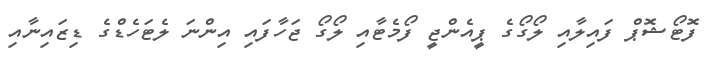
ފޮޓޯޝޮޕް ފައިލާއި ލޯގޯގެ ޕީއެންޖީ ފޯމެޓާއި ލޯގޯ ޖަހާފައި އިންނަ ލެޓަހެޑްގެ ޑިޒައިނާއި